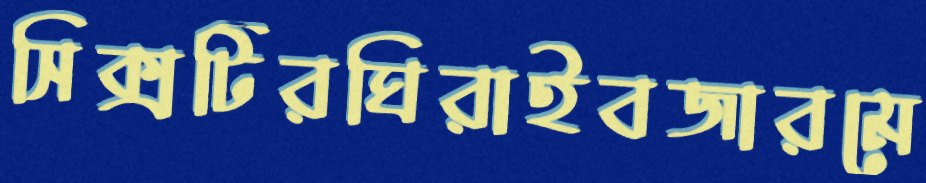
সিক্সটিরঘিরাইবজারমে